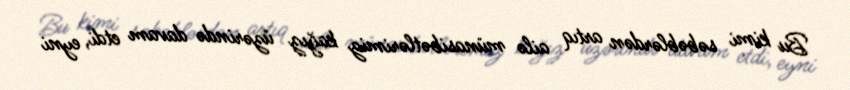
Bu kimi səbəblərdən artıq ailə münasibətlərimiz kağız üzərində davam etdi, eyni